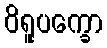
ဝိရူပက္ခော